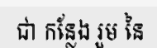
ជា កន្លែង រួម នៃ